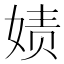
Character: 𰌇